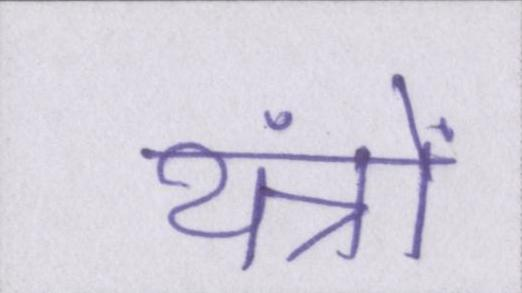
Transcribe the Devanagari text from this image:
यंत्रों